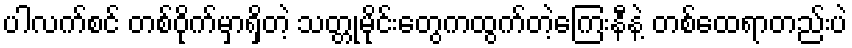
ပါလက်စင် တစ်ဝိုက်မှာရှိတဲ့ သတ္တုမိုင်းတွေကထွက်တဲ့ကြေးနီနဲ့ တစ်ထေရာတည်းပဲ